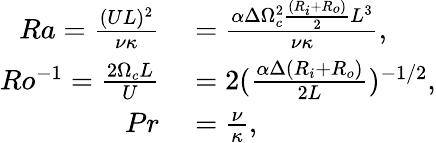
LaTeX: \begin{array}{rl}{Ra=\frac{(UL)^{2}}{\nu\kappa}}&{{}=\frac{\alpha\Delta\Omega_{c}^{2}\frac{(R_{i}+R_{o})}{2}L^{3}}{\nu\kappa},}\\ {Ro^{-1}=\frac{2\Omega_{c}L}{U}}&{{}=2(\frac{\alpha\Delta(R_{i}+R_{o})}{2L})^{-1/2},}\\ {Pr}&{{}=\frac{\nu}{\kappa},}\end{array}